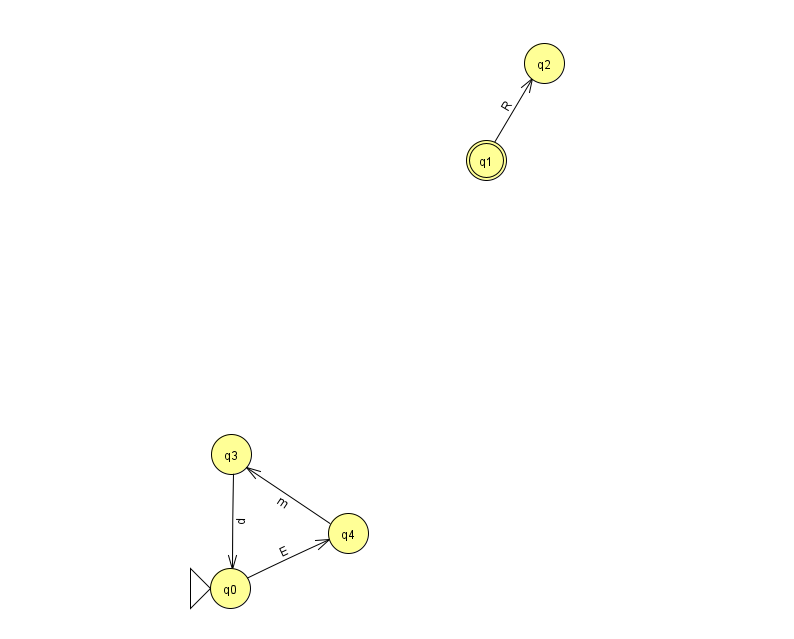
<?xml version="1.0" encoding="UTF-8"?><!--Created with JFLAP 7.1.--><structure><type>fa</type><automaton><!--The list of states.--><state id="0" name="q0"><x>230.0</x><y>575.0</y><initial/></state><state id="1" name="q1"><x>486.0</x><y>147.0</y><final/></state><state id="2" name="q2"><x>544.0</x><y>50.0</y></state><state id="3" name="q3"><x>231.0</x><y>441.0</y></state><state id="4" name="q4"><x>348.0</x><y>520.0</y></state><!--The list of transitions.--><transition><from>1</from><to>2</to><read>R</read></transition><transition><from>0</from><to>4</to><read>E</read></transition><transition><from>4</from><to>3</to><read>m</read></transition><transition><from>3</from><to>0</to><read>d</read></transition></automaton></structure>